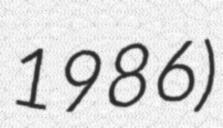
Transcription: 1986)